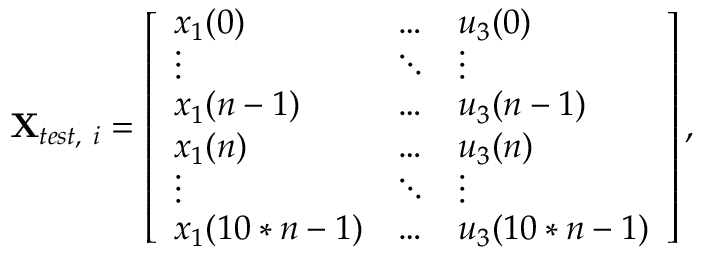
\mathbf { X } _ { t e s t , \ i } = \left[ \begin{array} { l l l } { x _ { 1 } ( 0 ) } & { \hdots } & { u _ { 3 } ( 0 ) } \\ { \vdots } & { \ddots } & { \vdots } \\ { x _ { 1 } ( n - 1 ) } & { \hdots } & { u _ { 3 } ( n - 1 ) } \\ { x _ { 1 } ( n ) } & { \hdots } & { u _ { 3 } ( n ) } \\ { \vdots } & { \ddots } & { \vdots } \\ { x _ { 1 } ( 1 0 * n - 1 ) } & { \hdots } & { u _ { 3 } ( 1 0 * n - 1 ) } \end{array} \right] ,